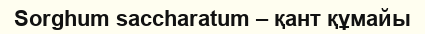
Sorghum saccharatum – қант құмайы